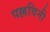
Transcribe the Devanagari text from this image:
पल्लविनी